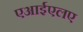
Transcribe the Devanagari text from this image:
एआईएलए